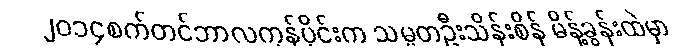
၂၀၁၄စက်တင်ဘာလကုန်ပိုင်းက သမ္မတဦးသိန်းစိန် မိန့်ခွန်းထဲမှာ